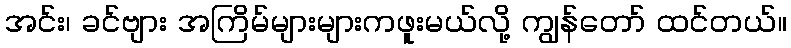
အင်း၊ ခင်ဗျား အကြိမ်များများကဖူးမယ်လို့ ကျွန်တော် ထင်တယ်။